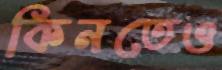
কিনতেও